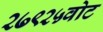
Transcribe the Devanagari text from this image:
२७९२५वोट